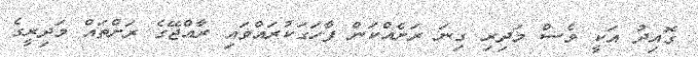
ގޮއިދު އަކީ ވެސް މަދިރި ގިނަ ރަށެއްކަން ފާހަގަކުރައްވައި ރާއްޖޭގެ ރަށްތައް މަދިރީގެ